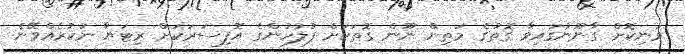
ވަނިކޮށް ގާނޫނުގައިވާ ގޮތުގެ މަތިން ނޫން ގޮތަކަށް ފުލުހުންގެ އޮފިސަރަކަށް ރިޓަޔާ ނުކުރެއްވޭނެ